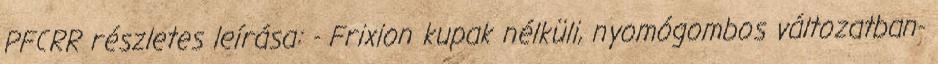
PFCRR részletes leírása: - Frixion kupak nélküli, nyomógombos változatban-